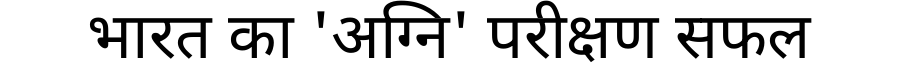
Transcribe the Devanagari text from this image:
भारत का 'अग्नि' परीक्षण सफल